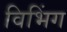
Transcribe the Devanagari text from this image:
विभिंग